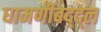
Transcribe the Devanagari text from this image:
धामणीबद्द्ल